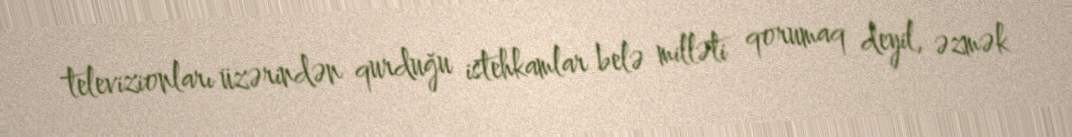
televizionları üzərindən qurduğu istehkamlar belə milləti qorumaq deyil, əzmək